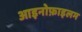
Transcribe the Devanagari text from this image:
आइनोफ़ाइलम